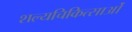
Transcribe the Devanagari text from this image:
शल्यचिकित्साओं